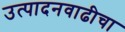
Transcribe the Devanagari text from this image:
उत्पादनवाढीचा